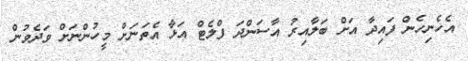
އެހެނިހެން ފައިދާ އަށް ބަލާއިރު އާސަންދަ ފްލެޓް އަޅާ އެތަނަށް މީހުންނަށް ވަދެވުން